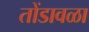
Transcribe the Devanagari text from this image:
तोंडावळा